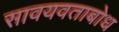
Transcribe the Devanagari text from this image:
सावयवताबोध